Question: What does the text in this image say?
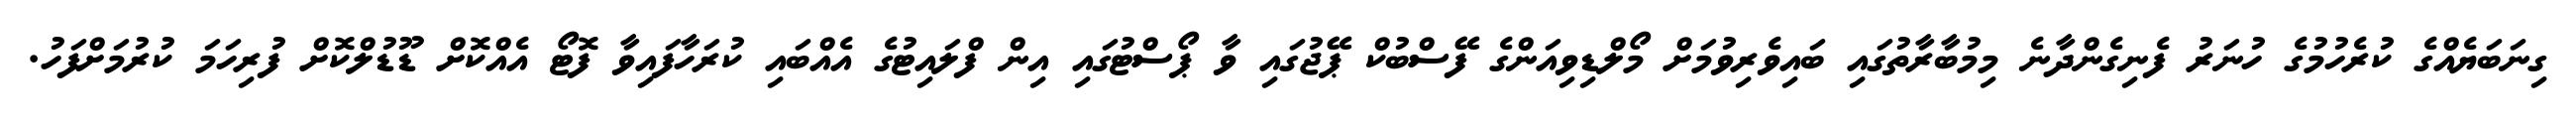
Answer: ގިނަބަޔެއްގެ ކުރެހުމުގެ ހުނަރު ފެނިގެންދާނެ މިމުބާރާތުގައި ބައިވެރިވުމަށް މޯލްޑިވިއަންގެ ފޭސްބުކް ޕޭޖުގައި ވާ ޕޯސްޓުގައި އިން ފްލައިޓުގެ އެއްބައި ކުރަހާފައިވާ ފޮޓޯ އެއްކޮށް ޑޫޑުލްކޮށް ފުރިހަމަ ކުރުމަށްފަހު.